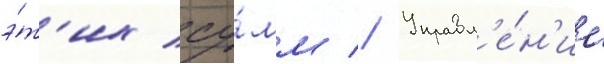
э́т'их су́мм // Управл'е́н'ие